Annual administration report of the Civil Veterinary Department of India - 1894-1895
Year: 1894
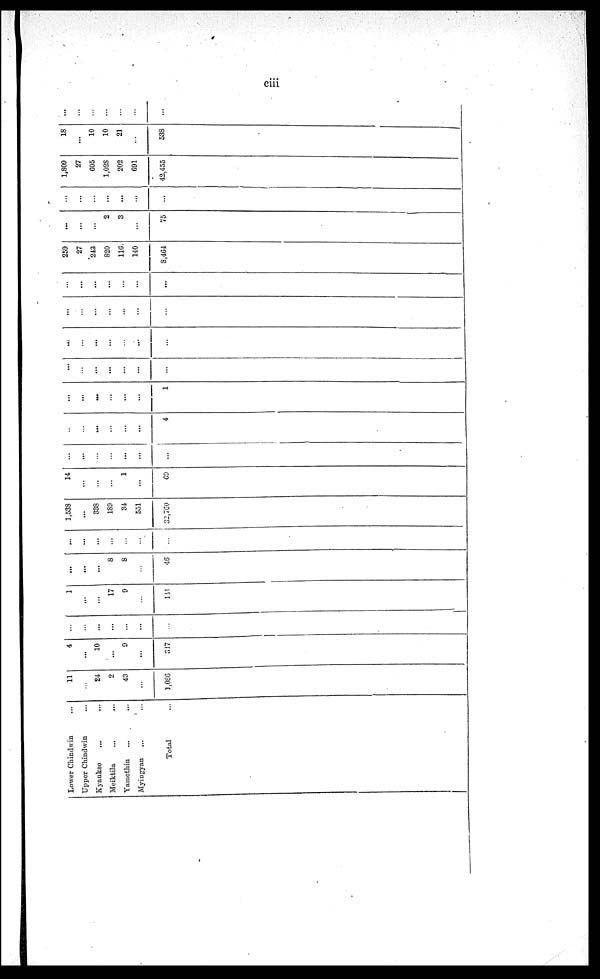
ciii
Lower Chindwin ...
Upper Chindwin ...
Kyaukse ... ...
Meiktila ... ...
Yaraethin ... ...
Myingyan ... ...
Total ...
11
...
24
2
43
...
1,086
4
....
10
...
9
...
347
...
...
...
...
...
...
...
1
...
...
17
9
...
141
...
...
...
8
8
...
46
...
...
...
...
...
...
...
1,538
...
338
189
34
551
32,760
14
...
...
...
1
...
69
...
...
...
...
...
...
...
...
...
...
...
...
...
4
...
...
...
...
...
...
1
...
...
...
...
...
...
...
...
...
...
...
...
...
...
...
...
...
...
...
...
...
...
...
...
...
...
...
...
259
27
243
820
116
140
8,464
...
...
...
2
3
...
75
...
...
...
...
...
...
...
1,809
27
605
1,028
202
691
42,455
18
...
10
10
21
...
538
...
...
...
...
...
...
...